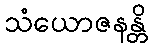
သံယောဇနန္တိ